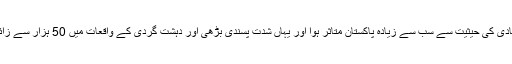
اس جنگ میں فرنٹ لائن اتحادی کی حیثیت سے سب سے زیادہ پاکستان متاثر ہوا اور یہاں شدت پسندی بڑھی اور دہشت گردی کے واقعات میں 50 ہزار سے زائد پاکستانیوں کی جانیں گئیں۔